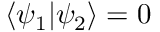
\langle \psi _ { 1 } \vert \psi _ { 2 } \rangle = 0